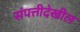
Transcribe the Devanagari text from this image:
संपत्तीदेखील